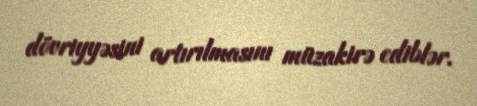
dövriyyəsini artırılmasını müzakirə ediblər.